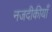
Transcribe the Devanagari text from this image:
नजदीकीयाँ